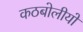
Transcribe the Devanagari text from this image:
कठबोलीयों